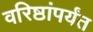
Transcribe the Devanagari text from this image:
वरिष्ठांपर्यंत